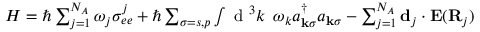
\begin{array} { r } { H = \hbar \sum _ { j = 1 } ^ { N _ { A } } \omega _ { j } \sigma _ { e e } ^ { j } + \hbar \sum _ { \sigma = s , p } \int \textrm { d } ^ { 3 } k \, \, \, \omega _ { k } a _ { \mathbf { k } \sigma } ^ { \dagger } a _ { \mathbf { k } \sigma } - \sum _ { j = 1 } ^ { N _ { A } } \mathbf { d } _ { j } \cdot \mathbf { E } ( \mathbf { R } _ { j } ) } \end{array}